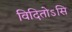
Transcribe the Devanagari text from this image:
विदितोऽसि